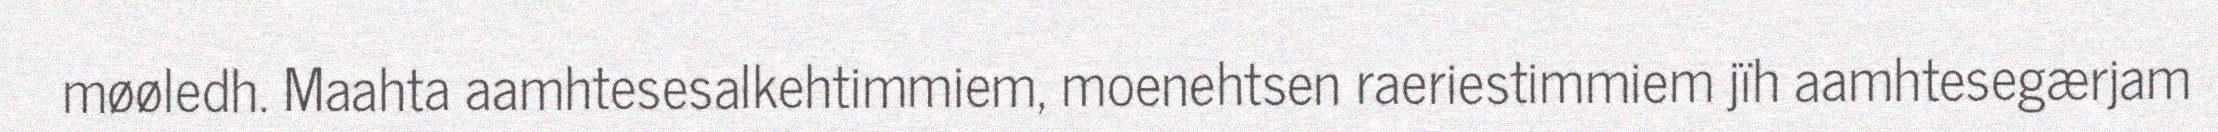
møøledh. Maahta aamhtesesalkehtimmiem, moenehtsen raeriestimmiem jïh aamhtesegærjam